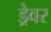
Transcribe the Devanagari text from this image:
ड्रेवर